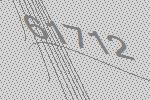
61712